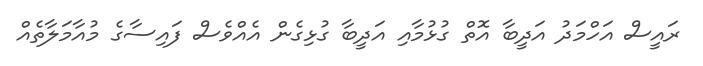
ރައީސް އަހްމަދު އަދީބާ އޮތް ގުޅުމާއި އަދީބާ ގުޅިގެން އެއްވެސް ފައިސާގެ މުއާމަލާތެއް